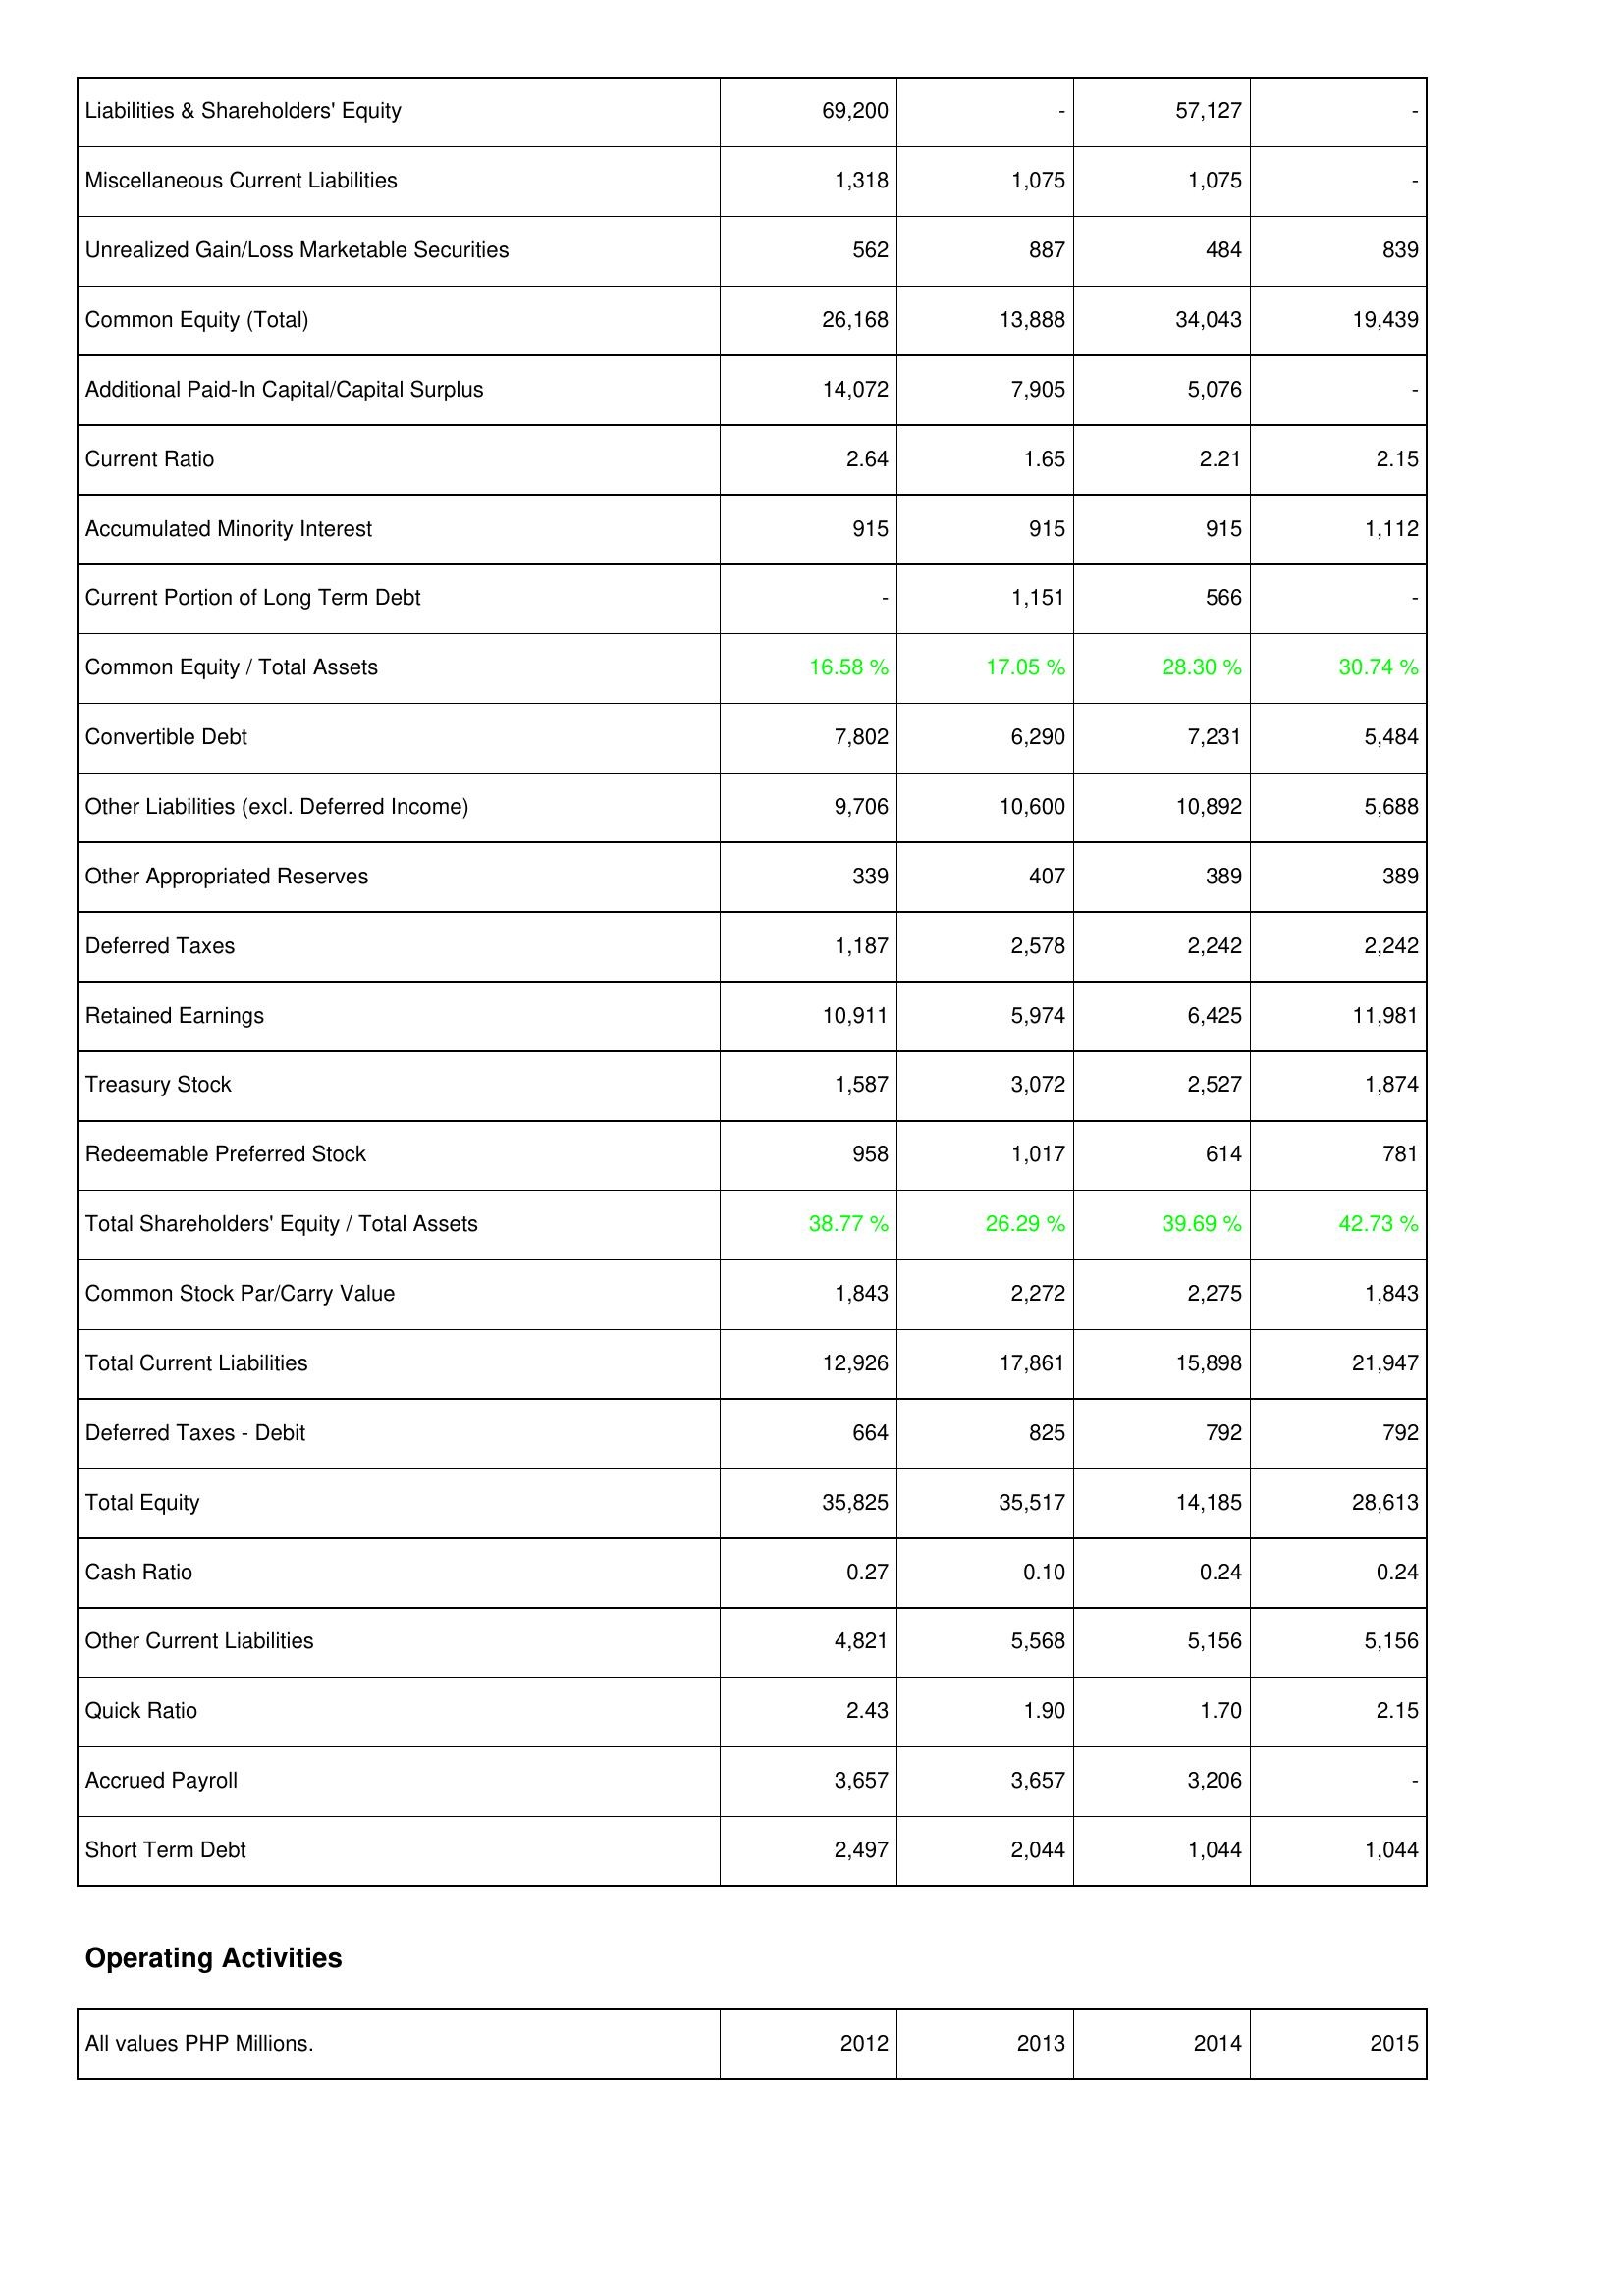
2012: Liabilities & Shareholders' Equity: Liabilities & Shareholders' Equity: 69,200
Miscellaneous Current Liabilities: 1,318
Unrealized Gain/Loss Marketable Securities: 562
Common Equity (Total): 26,168
Additional Paid-In Capital/Capital Surplus: 14,072
Current Ratio: 2.64
Accumulated Minority Interest: 915
Current Portion of Long Term Debt: -
Common Equity / Total Assets: 16.58 %
Convertible Debt: 7,802
Other Liabilities (excl. Deferred Income): 9,706
Other Appropriated Reserves: 339
Deferred Taxes: 1,187
Retained Earnings: 10,911
Treasury Stock: 1,587
Redeemable Preferred Stock: 958
Total Shareholders' Equity / Total Assets: 38.77 %
Common Stock Par/Carry Value: 1,843
Total Current Liabilities: 12,926
Deferred Taxes - Debit: 664
Total Equity: 35,825
Cash Ratio: 0.27
Other Current Liabilities: 4,821
Quick Ratio: 2.43
Accrued Payroll: 3,657
Short Term Debt: 2,497
2013: Liabilities & Shareholders' Equity: Liabilities & Shareholders' Equity: -
Miscellaneous Current Liabilities: 1,075
Unrealized Gain/Loss Marketable Securities: 887
Common Equity (Total): 13,888
Additional Paid-In Capital/Capital Surplus: 7,905
Current Ratio: 1.65
Accumulated Minority Interest: 915
Current Portion of Long Term Debt: 1,151
Common Equity / Total Assets: 17.05 %
Convertible Debt: 6,290
Other Liabilities (excl. Deferred Income): 10,600
Other Appropriated Reserves: 407
Deferred Taxes: 2,578
Retained Earnings: 5,974
Treasury Stock: 3,072
Redeemable Preferred Stock: 1,017
Total Shareholders' Equity / Total Assets: 26.29 %
Common Stock Par/Carry Value: 2,272
Total Current Liabilities: 17,861
Deferred Taxes - Debit: 825
Total Equity: 35,517
Cash Ratio: 0.10
Other Current Liabilities: 5,568
Quick Ratio: 1.90
Accrued Payroll: 3,657
Short Term Debt: 2,044
2014: Liabilities & Shareholders' Equity: Liabilities & Shareholders' Equity: 57,127
Miscellaneous Current Liabilities: 1,075
Unrealized Gain/Loss Marketable Securities: 484
Common Equity (Total): 34,043
Additional Paid-In Capital/Capital Surplus: 5,076
Current Ratio: 2.21
Accumulated Minority Interest: 915
Current Portion of Long Term Debt: 566
Common Equity / Total Assets: 28.30 %
Convertible Debt: 7,231
Other Liabilities (excl. Deferred Income): 10,892
Other Appropriated Reserves: 389
Deferred Taxes: 2,242
Retained Earnings: 6,425
Treasury Stock: 2,527
Redeemable Preferred Stock: 614
Total Shareholders' Equity / Total Assets: 39.69 %
Common Stock Par/Carry Value: 2,275
Total Current Liabilities: 15,898
Deferred Taxes - Debit: 792
Total Equity: 14,185
Cash Ratio: 0.24
Other Current Liabilities: 5,156
Quick Ratio: 1.70
Accrued Payroll: 3,206
Short Term Debt: 1,044
2015: Liabilities & Shareholders' Equity: Liabilities & Shareholders' Equity: -
Miscellaneous Current Liabilities: -
Unrealized Gain/Loss Marketable Securities: 839
Common Equity (Total): 19,439
Additional Paid-In Capital/Capital Surplus: -
Current Ratio: 2.15
Accumulated Minority Interest: 1,112
Current Portion of Long Term Debt: -
Common Equity / Total Assets: 30.74 %
Convertible Debt: 5,484
Other Liabilities (excl. Deferred Income): 5,688
Other Appropriated Reserves: 389
Deferred Taxes: 2,242
Retained Earnings: 11,981
Treasury Stock: 1,874
Redeemable Preferred Stock: 781
Total Shareholders' Equity / Total Assets: 42.73 %
Common Stock Par/Carry Value: 1,843
Total Current Liabilities: 21,947
Deferred Taxes - Debit: 792
Total Equity: 28,613
Cash Ratio: 0.24
Other Current Liabilities: 5,156
Quick Ratio: 2.15
Accrued Payroll: -
Short Term Debt: 1,044